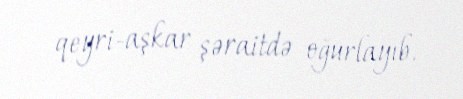
qeyri-aşkar şəraitdə oğurlayıb.